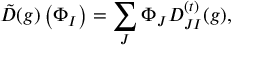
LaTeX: { \tilde { D } } ( g ) \left( \Phi _ { I } \right) = \sum _ { J } \Phi _ { J } { \cal D } _ { J I } ^ { ( t ) } ( g ) ,